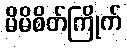
မိမိစိတ်ကြိုက်